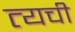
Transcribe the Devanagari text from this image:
त्यची